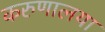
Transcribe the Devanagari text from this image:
करुणालया